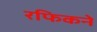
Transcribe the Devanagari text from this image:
रफिकने